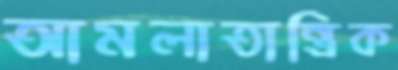
আমলাতান্ত্রিক